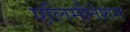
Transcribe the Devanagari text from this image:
एलिमीनेशन